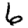
Digit: 6